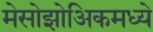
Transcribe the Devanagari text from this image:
मेसोझोअिकमध्ये